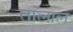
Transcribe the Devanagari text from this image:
तालाल